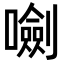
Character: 𡃍